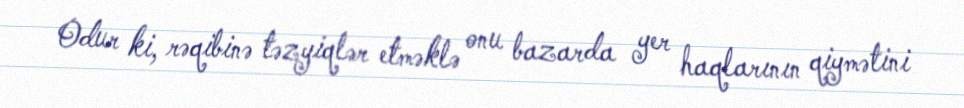
Odur ki, rəqibinə təzyiqlər etməklə onu bazarda yer haqlarının qiymətini